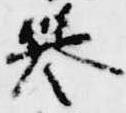
誉